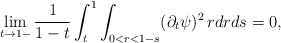
\begin{align*}\lim_{t\to 1-}\frac{1}{1-t}\int_t^1\int_{0<r<1-s}(\partial_t\psi)^2\,rdrds=0,\end{align*}